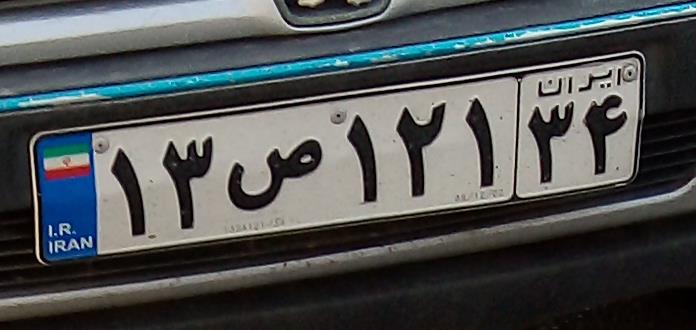
۱۳ص۱۲۱۳۴